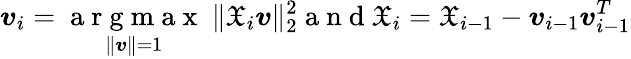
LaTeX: \boldsymbol v_{i}=\underset{\| \boldsymbol v\| =1}{\mathrm{~a~r~g~m~a~x~}}~\| \mathfrak X_{i}\boldsymbol v\| _{2}^{2}\mathrm{~a~n~d~}\mathfrak X_{i}=\mathfrak X_{i-1}-\boldsymbol v_{i-1}\boldsymbol v_{i-1}^{T}